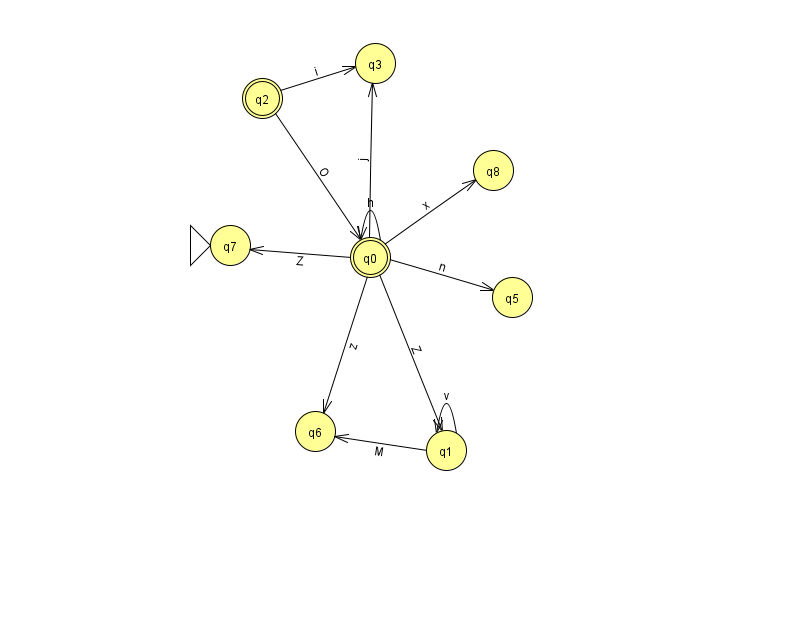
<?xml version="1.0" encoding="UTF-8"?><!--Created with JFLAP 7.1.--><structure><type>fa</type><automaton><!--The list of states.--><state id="0" name="q0"><x>370.0</x><y>244.0</y><final/></state><state id="1" name="q1"><x>446.0</x><y>437.0</y></state><state id="2" name="q2"><x>262.0</x><y>85.0</y><final/></state><state id="3" name="q3"><x>375.0</x><y>50.0</y></state><state id="5" name="q5"><x>512.0</x><y>284.0</y></state><state id="6" name="q6"><x>315.0</x><y>418.0</y></state><state id="7" name="q7"><x>230.0</x><y>232.0</y><initial/></state><state id="8" name="q8"><x>493.0</x><y>157.0</y></state><!--The list of transitions.--><transition><from>0</from><to>8</to><read>x</read></transition><transition><from>1</from><to>6</to><read>M</read></transition><transition><from>2</from><to>0</to><read>O</read></transition><transition><from>0</from><to>1</to><read>Z</read></transition><transition><from>0</from><to>3</to><read>j</read></transition><transition><from>1</from><to>1</to><read>v</read></transition><transition><from>0</from><to>0</to><read>h</read></transition><transition><from>0</from><to>5</to><read>n</read></transition><transition><from>0</from><to>6</to><read>z</read></transition><transition><from>2</from><to>3</to><read>i</read></transition><transition><from>0</from><to>7</to><read>Z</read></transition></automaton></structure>